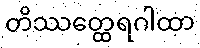
တိဿတ္ထေရဂါထာ